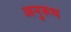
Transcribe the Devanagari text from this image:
अनुरूध